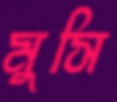
মুসি